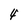
Character: 4